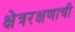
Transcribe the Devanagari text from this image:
क्षेत्ररक्षणाची